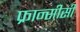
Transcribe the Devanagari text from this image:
फ्रान्सीसी